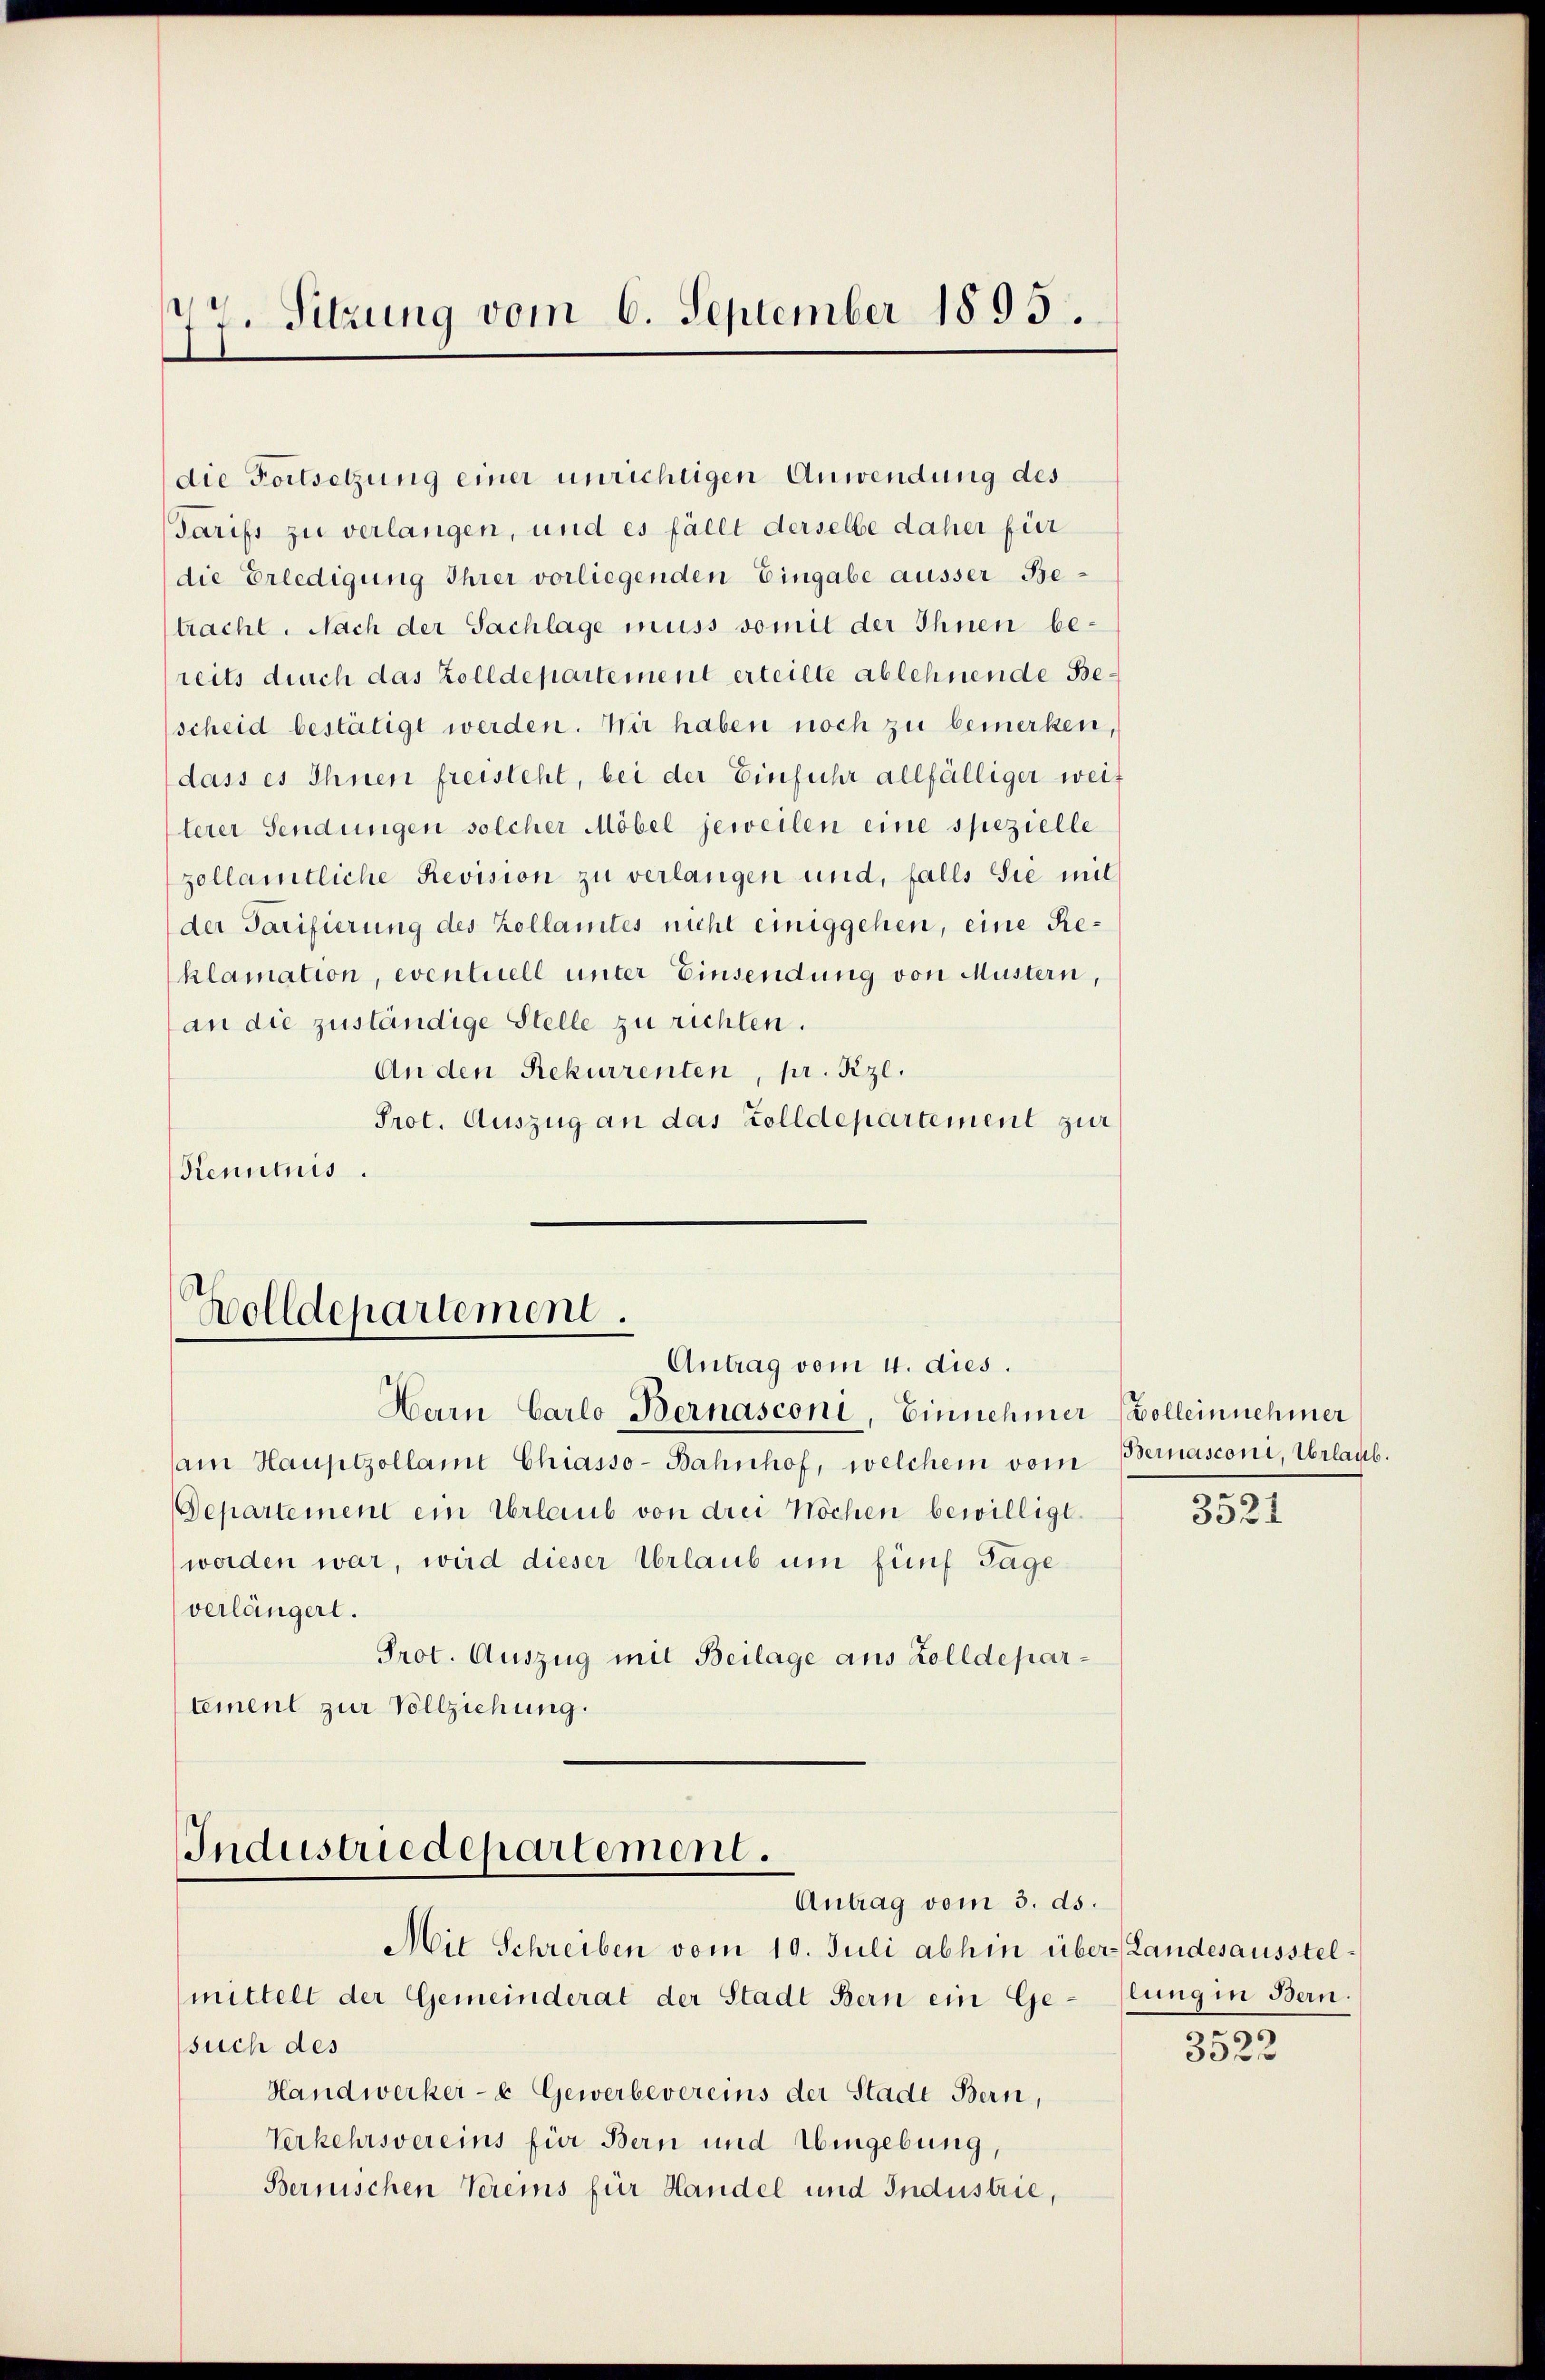
17. Sitzung vom 6. September 1895.

die Fortsetzung einer unrichtigen Anwendung des
Tarifs zu verlangen, und es fällt derselbe daher für
die Erledigung Ihrer vorliegenden Eingabe ausser Betracht. Nach der Sachlage muss somit der Ihnen bereits durch das Zolldepartement erteilte ablehnende Bescheid bestätigt werden. Wir haben noch zu bemerken,
dass es Ihnen freisteht, bei der Einfuhr allfälliger weit
terer Sendungen solcher Möbel jeweilen eine spezielle
zollamtliche Revision zu verlangen und, falls Sie mit
der Tarifierung des Zollamtes nicht einiggehen, eine Reklamation, eventuell unter Einsendung von Mustern,
an die zuständige Stelle zu richten.
An den Rekurrenten, pr. Kzl.
Prot. Auszug an das Zolldepartement zur
Kenntnis.

Holldepartement.
Antrag vom 4. dies.

Herrn Carlo Bernasconi, Einnehmer vollein nehmer
am Hauptzollamt Chiasso-Bahnhof, welchem vom Bernasconi, Urlaub.
Departement ein Urlaub von drei Wochen bewilligt.
worden war, wird dieser Urlaub um fünf Tage
verlängert.
Prot. Auszug mit Beilage aus Zolldepartement zur Vollziehung.

Industriedepartement.
Antrag vom 3. ds.
Mit Schreiben vom 10. Juli abhin über Landesausstel¬

mittelt der Gemeinderat der Stadt Bern ein Gesuch des
Handwerker- u Gewerbevereins der Stadt Bern,
Verkehrsvereins für Bern und Umgebung,
Bernischen Vereins für Handel und Industrie,

3521

lung in Bern.
2
)

3022